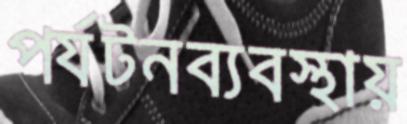
পর্যটনব্যবস্থায়